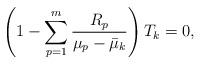
LaTeX: \begin{align*}\left(1-\sum_{p=1}^m\frac{R_p}{\mu_p-\bar{\mu}_k}\right)T_k=0,\end{align*}